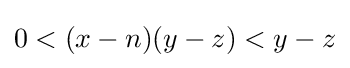
0<(x-n)(y-z)<y-z